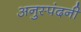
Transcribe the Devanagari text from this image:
अनुस्पंदनी